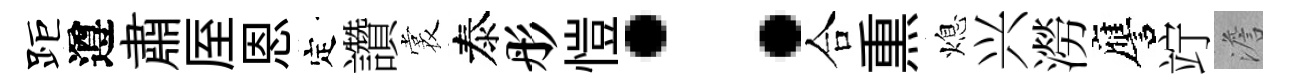
距遵肅厔恩定讚裳泰彤愷：合𤋱熄兴澇譍竚澹